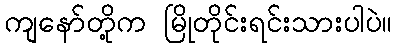
ကျနော်တို့က မြိုတိုင်းရင်းသားပါပဲ။